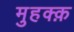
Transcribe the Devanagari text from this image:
मुहक्क़